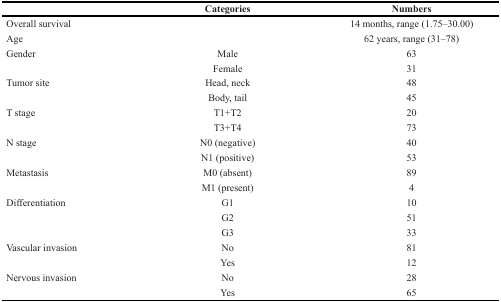
<table><thead><tr><td></td><td><b>Categories</b></td><td><b>Numbers</b></td></tr></thead><tbody><tr><td>Overall survival</td><td></td><td>14 months, range (1.75–30.00)</td></tr><tr><td>Age</td><td></td><td>62 years, range (31–78)</td></tr><tr><td>Gender</td><td>Male</td><td>63</td></tr><tr><td></td><td>Female</td><td>31</td></tr><tr><td>Tumor site</td><td>Head, neck</td><td>48</td></tr><tr><td></td><td>Body, tail</td><td>45</td></tr><tr><td>T stage</td><td>T1+T2</td><td>20</td></tr><tr><td></td><td>T3+T4</td><td>73</td></tr><tr><td>N stage</td><td>N0 (negative)</td><td>40</td></tr><tr><td></td><td>N1 (positive)</td><td>53</td></tr><tr><td>Metastasis</td><td>M0 (absent)</td><td>89</td></tr><tr><td></td><td>M1 (present)</td><td>4</td></tr><tr><td>Differentiation</td><td>G1</td><td>10</td></tr><tr><td></td><td>G2</td><td>51</td></tr><tr><td></td><td>G3</td><td>33</td></tr><tr><td>Vascular invasion</td><td>No</td><td>81</td></tr><tr><td></td><td>Yes</td><td>12</td></tr><tr><td>Nervous invasion</td><td>No</td><td>28</td></tr><tr><td></td><td>Yes</td><td>65</td></tr></tbody></table>